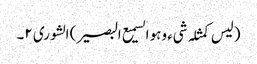
(لیس کمثلہ شیء وہو السمیع البصیر) الشوری ٢۔